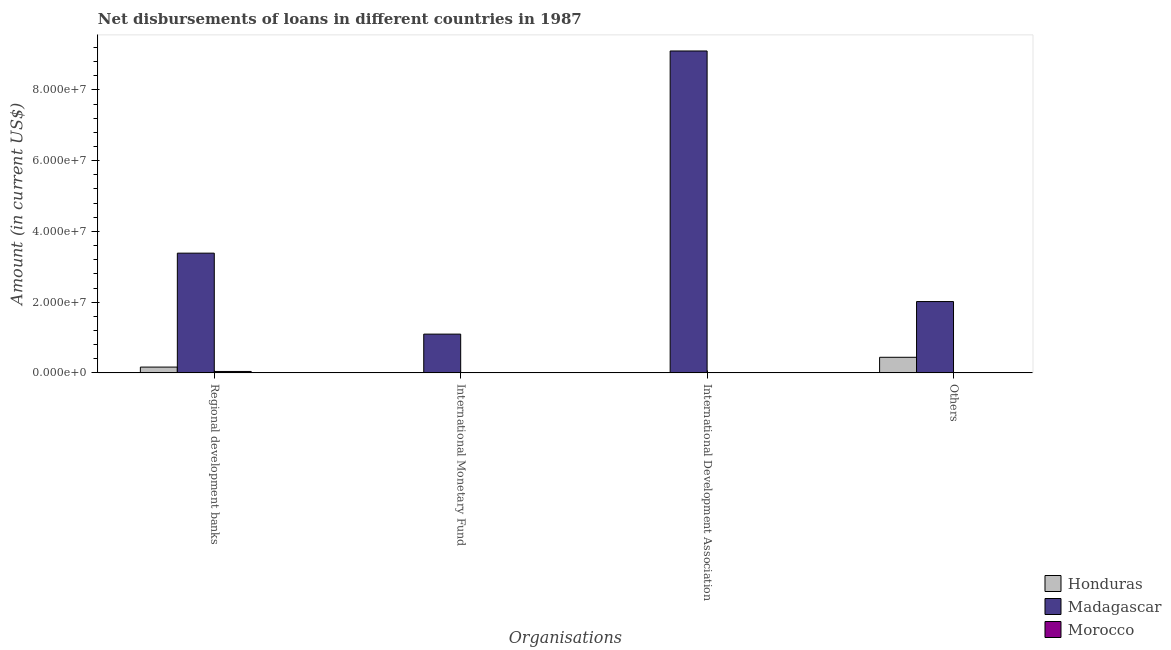
| Organisations | Honduras | Madagascar | Morocco |
 | --- | --- | --- | --- |
 | Regional development banks | 1.64e+06 | 3.39e+07 | 3.99e+05 |
 | International Monetary Fund | -3.59e+06 | 1.1e+07 | -2.8e+07 |
 | International Development Association | -7.15e+05 | 9.1e+07 | -7.35e+05 |
 | Others | 4.41e+06 | 2.02e+07 | -6.67e+06 |